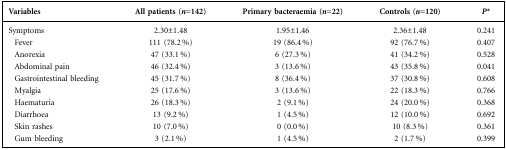
<table><thead><tr><td><b>Variables</b></td><td><b>All patients (<i>n</i>=142)</b></td><td><b>Primary bacteraemia (<i>n</i>=22)</b></td><td><b>Controls (<i>n</i>=120)</b></td><td><b><i>P</i>*</b></td></tr></thead><tbody><tr><td>Symptoms</td><td>2.30±1.48</td><td>1.95±1.46</td><td>2.36±1.48</td><td>0.241</td></tr><tr><td> Fever</td><td>111 (78.2 %)</td><td>19 (86.4 %)</td><td>92 (76.7 %)</td><td>0.407</td></tr><tr><td> Anorexia</td><td>47 (33.1 %)</td><td>6 (27.3 %)</td><td>41 (34.2 %)</td><td>0.528</td></tr><tr><td> Abdominal pain</td><td>46 (32.4 %)</td><td>3 (13.6 %)</td><td>43 (35.8 %)</td><td>0.041</td></tr><tr><td> Gastrointestinal bleeding</td><td>45 (31.7 %)</td><td>8 (36.4 %)</td><td>37 (30.8 %)</td><td>0.608</td></tr><tr><td> Myalgia</td><td>25 (17.6 %)</td><td>3 (13.6 %)</td><td>22 (18.3 %)</td><td>0.766</td></tr><tr><td> Haematuria</td><td>26 (18.3 %)</td><td>2 (9.1 %)</td><td>24 (20.0 %)</td><td>0.368</td></tr><tr><td> Diarrhoea</td><td>13 (9.2 %)</td><td>1 (4.5 %)</td><td>12 (10.0 %)</td><td>0.692</td></tr><tr><td> Skin rashes</td><td>10 (7.0 %)</td><td>0 (0.0 %)</td><td>10 (8.3 %)</td><td>0.361</td></tr><tr><td> Gum bleeding</td><td>3 (2.1 %)</td><td>1 (4.5 %)</td><td>2 (1.7 %)</td><td>0.399</td></tr></tbody></table>